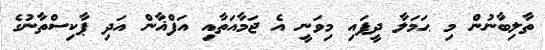
ތާލިބާނުން މި ޙަމަލާ ދީފަައި މިވަނީ އެ ޖަމާއަތާއި އަފްޣާން އަދި ޕާކިސްތާނުގެ